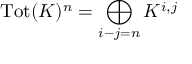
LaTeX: \operatorname { T o t } ( K ) ^ { n } = \bigoplus _ { i - j = n } K ^ { i , j }